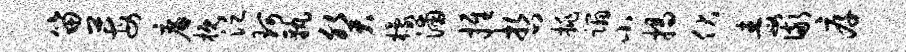
笛莓廉概泛珂孰癸檬浦推哲挑蹋小揭伏毒儆厚